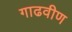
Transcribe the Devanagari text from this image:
गाढवीण